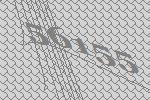
56155